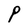
Character: P